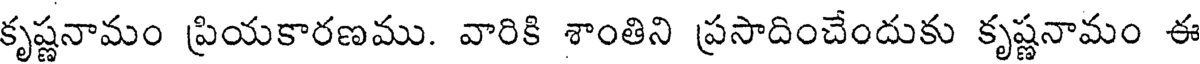
కృష్ణనామం ప్రియకారణము. వారికి శాంతిని ప్రసాదించేందుకు కృష్ణనామం ఈ